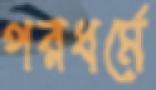
পরধর্মে